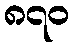
၈၇၀